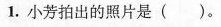
1.小芳拍出的照片是( )。